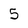
Character: 5